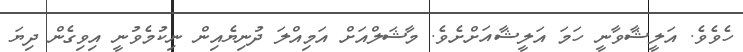
ހެވެވެ. އަލީޝާވާނީ ހަމަ އަލީޝާއަށްށެވެ. މާޝަލްއަށް އަމިއްލަ ދުނިޔެއިން ނިކުމެވުނީ އިވިގެން ދިޔަ